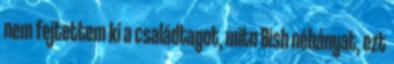
nem fejtettem ki a családtagot, mitn Bish néhányat, ezt